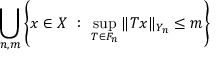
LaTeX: \bigcup _ { n , m } \left\{ x \in X \ : \ \sup _ { T \in F _ { n } } \| T x \| _ { Y _ { n } } \leq m \right\}